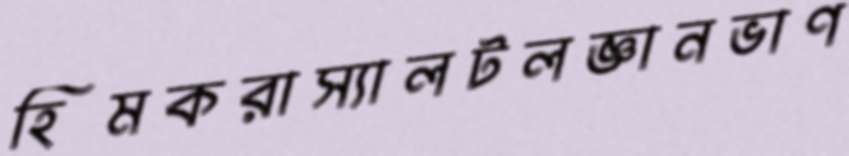
হিমকরাস্যালটলজ্ঞানভাণ